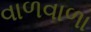
વાળવાળા